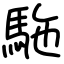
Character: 駞